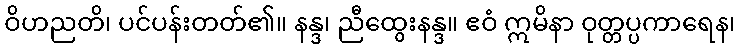
ဝိဟညတိ၊ ပင်ပန်းတတ်၏။ နန္ဒ၊ ညီထွေးနန္ဒ။ ဧဝံ ဣမိနာ ဝုတ္တပ္ပကာရေန၊